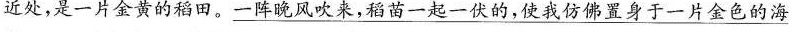
近处，是一片金黄的稻田。\underline{一阵晚风吹来，稻苗一起一伏的，使我仿佛置身于一片金色的海}